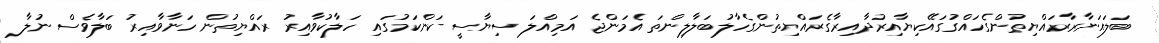
ބަލައަނާރާރައްޔިތުންގެހައްގުގައޭކިޔާއިރުދާއިރާގެރައްޔިތުންގެހާލުބަލާލިންތަ އެމަންޖެ އަމިއްލަ ސިޔާސީ ކަންކަމުގައި ހަލާކުވާއިރު ރައްޔިތުން ހަނާވާއިރު ބަލާވެސް ނުލާ